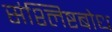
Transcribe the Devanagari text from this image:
संश्लिष्टबोध